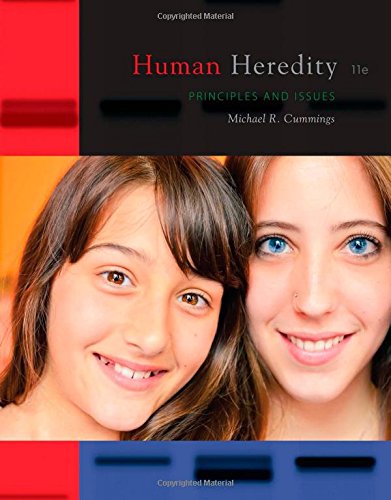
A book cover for Human Heredity: Principles and Issues; Michael Cummings; Medical Books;